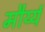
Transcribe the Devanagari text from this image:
मौर्य्य